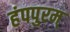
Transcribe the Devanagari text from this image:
हंपपुरम्